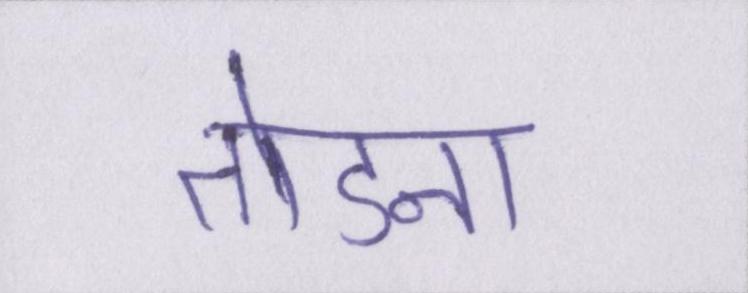
तोडना